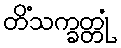
တိံသက္ခတ္တုံ